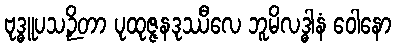
ဗုဒ္ဓူပသဉှိတာ ပုထုဇ္ဇနဒုဿီလေ ဘူမိလဒ္ဓါနံ ဝေါနော